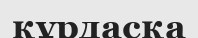
құрдасқа